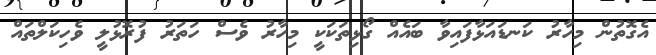
އެގޮތުން މިހާރު ކަނޑައަޅާފައިވާ ބައެއް ގޯޅިތަކަކީ މިހާރު ވެސް ހަތަރު ފުރޮޅުލީ ވެހިކަލްތައް